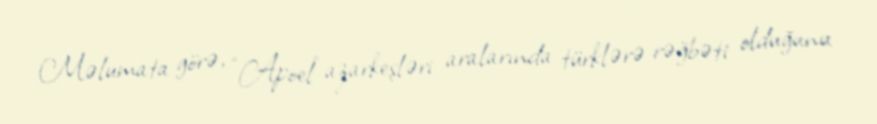
Məlumata görə, “Apoel” azarkeşləri aralarında türklərə rəğbəti olduğunu